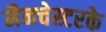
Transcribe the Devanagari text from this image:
मैनचेस्टरके